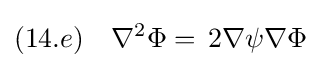
(14.e)\quad \nabla ^{2}\Phi =\,2\nabla \psi \nabla \Phi